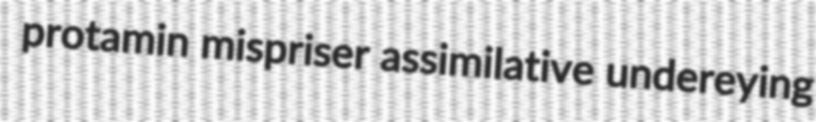
protamin mispriser assimilative undereying